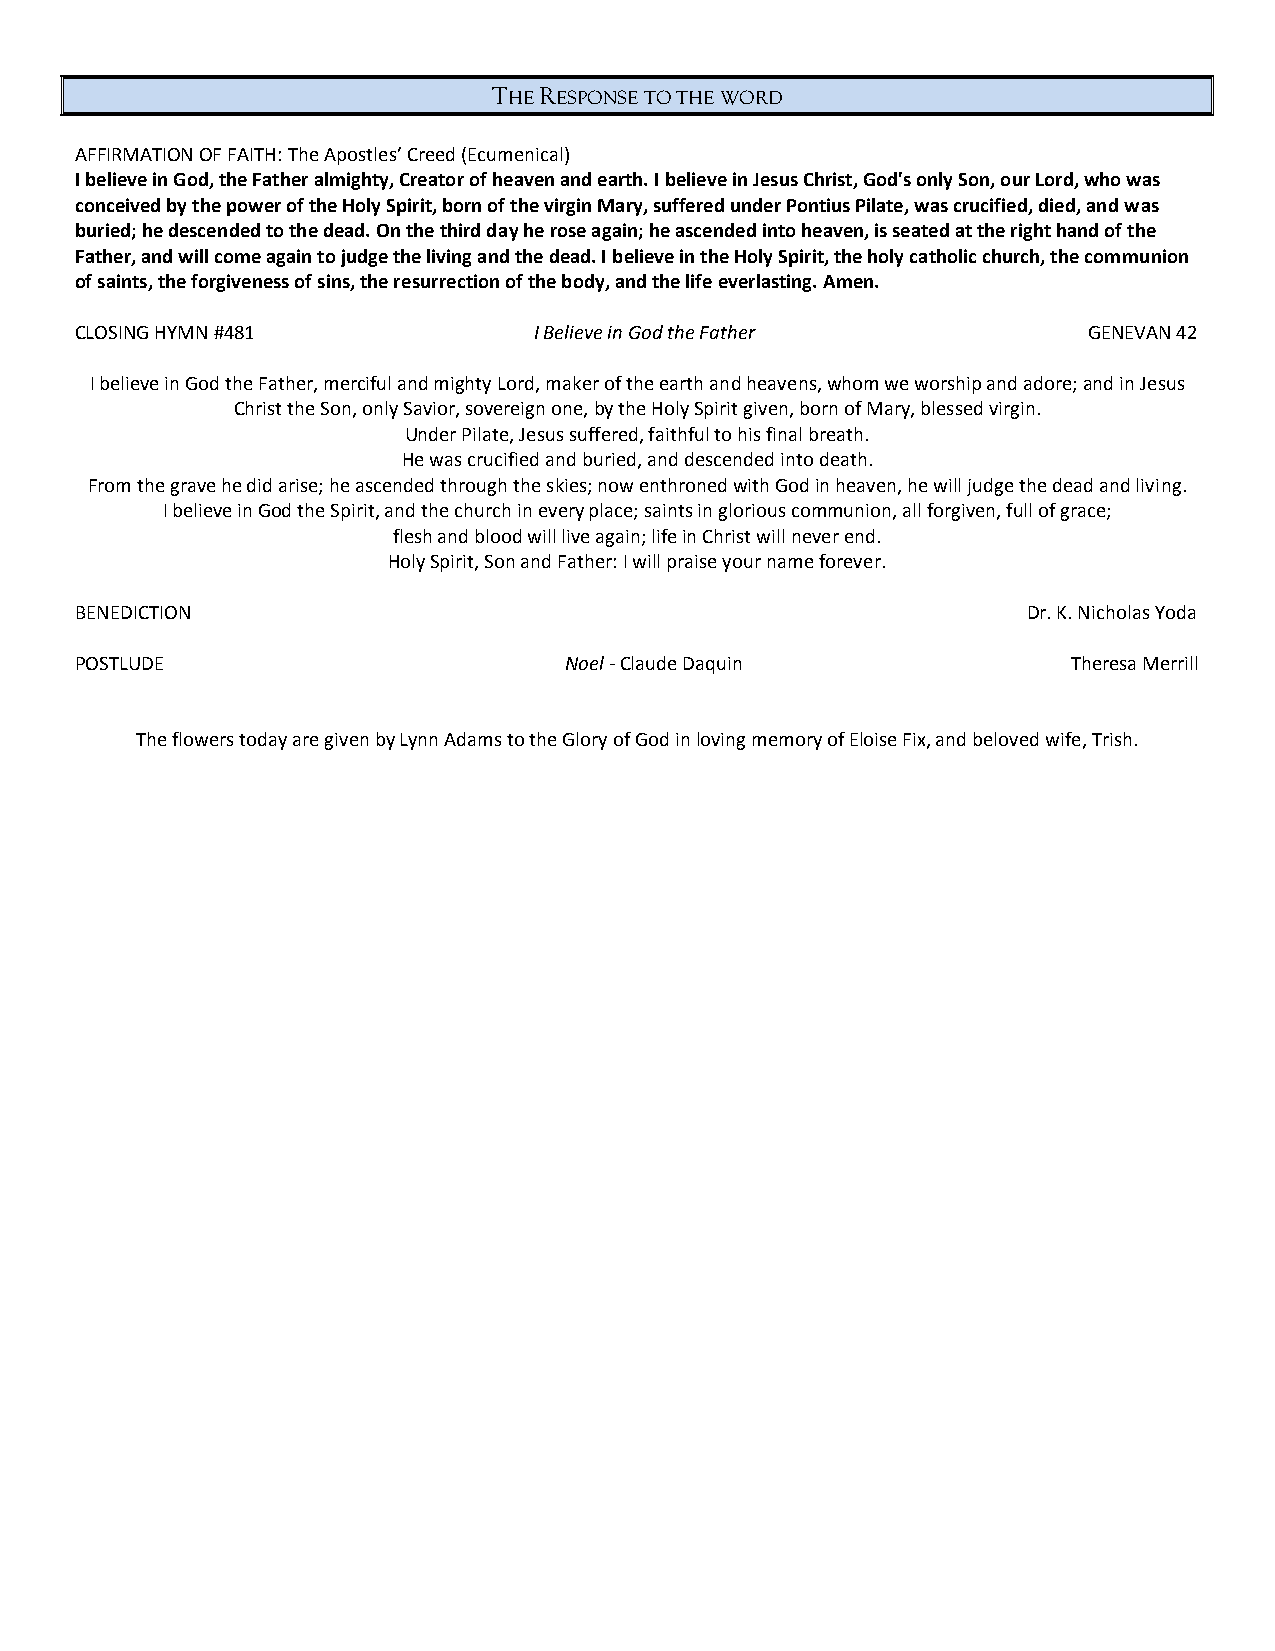
THE RESPONSE TO THE WORD
 AFFIRMATION OF FAITH: The Apostles’ Creed (Ecumenical)
 I believe in God, the Father almighty, Creator of heaven and earth. I believe in Jesus Christ, God's only Son, our Lord, who was
 conceived by the power of the Holy Spirit, born of the virgin Mary, suffered under Pontius Pilate, was crucified, died, and was
 buried; he descended to the dead. On the third day he rose again; he ascended into heaven, is seated at the right hand of the
 Father, and will come again to judge the living and the dead. I believe in the Holy Spirit, the holy catholic church, the communion
 of saints, the forgiveness of sins, the resurrection of the body, and the life everlasting. Amen.
 CLOSING HYMN #481             I Believe in God the Father          GENEVAN 42
 I believe in God the Father, merciful and mighty Lord, maker of the earth and heavens, whom we worship and adore; and in Jesus
 Christ the Son, only Savior, sovereign one, by the Holy Spirit given, born of Mary, blessed virgin.
 Under Pilate, Jesus suffered, faithful to his final breath.
 He was crucified and buried, and descended into death.
 From the grave he did arise; he ascended through the skies; now enthroned with God in heaven, he will judge the dead and living.
 I believe in God the Spirit, and the church in every place; saints in glorious communion, all forgiven, full of grace;
 flesh and blood will live again; life in Christ will never end.
 Holy Spirit, Son and Father: I will praise your name forever.
 BENEDICTION                                                    Dr. K. Nicholas Yoda
 POSTLUDE                        Noel - Claude Daquin              Theresa Merrill
 The flowers today are given by Lynn Adams to the Glory of God in loving memory of Eloise Fix, and beloved wife, Trish.